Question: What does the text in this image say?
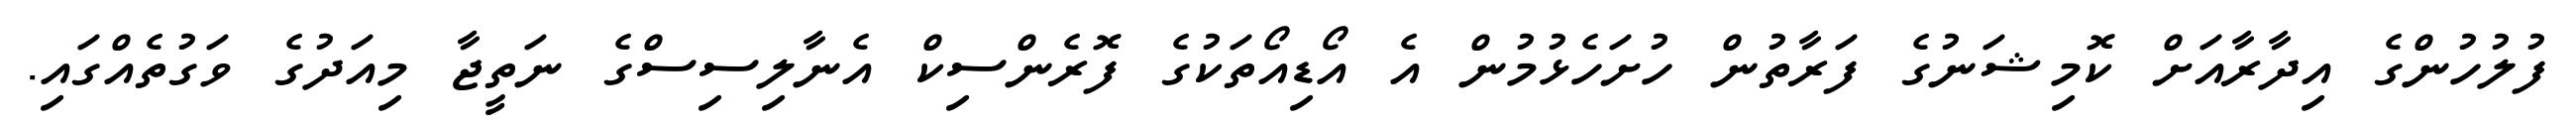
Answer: ފުލުހުންގެ އިދާރާއަށް ކޮމިޝަނުގެ ފަރާތުން ހުށަހެޅުމުން އެ އޯޑިއޯތަކުގެ ފޮރެންސިކް އެނާލިސިސްގެ ނަތީޖާ މިއަދުގެ ވަގުތެއްގައި.